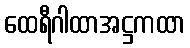
ထေရီဂါထာအဋ္ဌကထာ